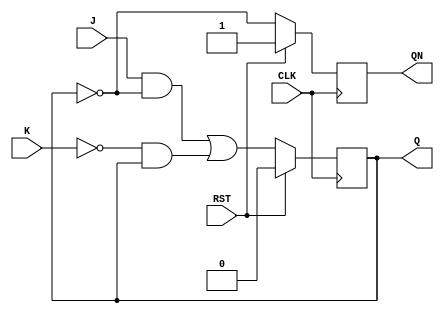
`timescale 1ns / 1ps

module JKFF_B(
    input J,K,CLK,RST,
    output reg Q,QN
    );
    
    always  @(posedge CLK)
        begin
            if (RST == 1)
                begin
                    Q <= 0 ;
                    QN <= 1 ;
                end
            else
                begin
                    Q <= ((J & ~Q) | (~K & Q));
                    QN <= ~Q ;
                end
                
//              begin
//                    if(J != K)
//                        begin
//                            Q <= J;
//                            QN <= K ;
//                        end
//                     else if ( J==1 && K == 1)
//                        begin
//                            Q<= ~Q;
//                            QN <= Q ;
//                        end 
//                 end       
        end                       
endmodule